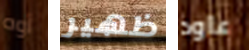
أوه ظهير عاود